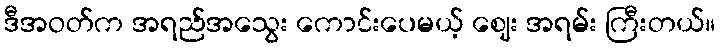
ဒီအဝတ်က အရည်အသွေး ကောင်းပေမယ့် ဈေး အရမ်း ကြီးတယ်။